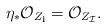
LaTeX: \begin{align*}\eta_{\ast} \mathcal{O}_{Z_{\mathbf i}}= \mathcal{O}_{ Z_{\mathcal I}}.\end{align*}